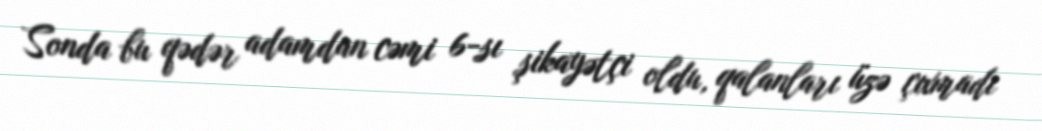
Sonda bu qədər adamdan cəmi 6-sı şikayətçi oldu, qalanları üzə çıxmadı